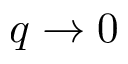
q \rightarrow 0